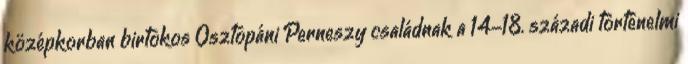
középkorban birtokos Osztopáni Perneszy családnak a 14-18. századi történelmi